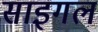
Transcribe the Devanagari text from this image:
साइगल